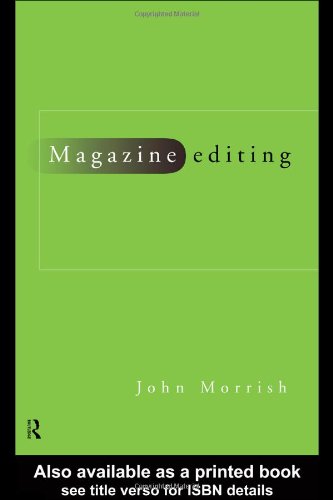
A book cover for Magazine Editing: In Print and Online (Blueprint Series); John Morrish; Humor & Entertainment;